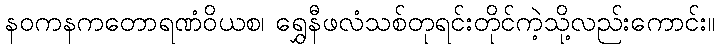
နဝကနကတောရဏံဝိယစ၊ ရွှေနီဖလံသစ်တုရင်းတိုင်ကဲ့သို့လည်းကောင်း။